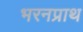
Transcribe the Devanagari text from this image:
भरनप्राथ